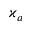
\varkappa _ { a }